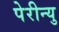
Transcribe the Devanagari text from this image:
पेरीन्यु